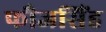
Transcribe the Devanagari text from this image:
फौजसिंह